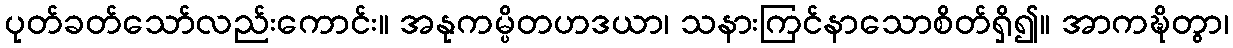
ပုတ်ခတ်သော်လည်းကောင်း။ အနုကမ္ပိတဟဒယာ၊ သနားကြင်နာသောစိတ်ရှိ၍။ အာကဍ္ဎိတွာ၊